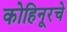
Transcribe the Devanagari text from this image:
कोहिनूरचे